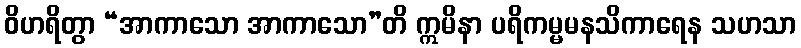
ဝိဟရိတွာ “အာကာသော အာကာသော”တိ ဣမိနာ ပရိကမ္မမနသိကာရေန သဟသာ